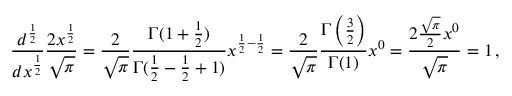
{ \frac { d ^ { \frac { 1 } { 2 } } } { d x ^ { \frac { 1 } { 2 } } } } { \frac { 2 x ^ { \frac { 1 } { 2 } } } { \sqrt { \pi } } } = { \frac { 2 } { \sqrt { \pi } } } { \frac { \Gamma ( 1 + { \frac { 1 } { 2 } } ) } { \Gamma ( { \frac { 1 } { 2 } } - { \frac { 1 } { 2 } } + 1 ) } } x ^ { { \frac { 1 } { 2 } } - { \frac { 1 } { 2 } } } = { \frac { 2 } { \sqrt { \pi } } } { \frac { \Gamma \left( { \frac { 3 } { 2 } } \right) } { \Gamma ( 1 ) } } x ^ { 0 } = { \frac { 2 { \frac { \sqrt { \pi } } { 2 } } x ^ { 0 } } { \sqrt { \pi } } } = 1 \, ,